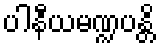
ပါနီယမဏ္ဍပန္တိ